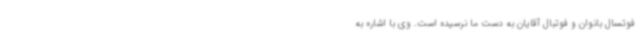
فوتسال بانوان و فوتبال آقایان به دست ما نرسیده است. وی با اشاره به